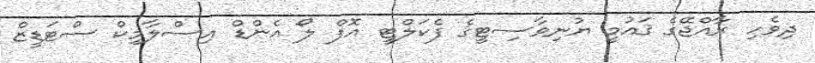
ދިވެހި ރާއްޖޭގެ ޤައުމީ ޔުނިވާސިޓީގެ ފެކަލްޓީ އޮފް ލޯ އެންޑް އިސްލާމިކް ސްޓަޑީޒް